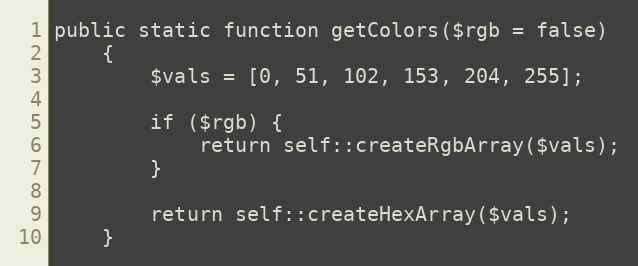
Language: PHP
public static function getColors($rgb = false)
    {
        $vals = [0, 51, 102, 153, 204, 255];

        if ($rgb) {
            return self::createRgbArray($vals);
        }

        return self::createHexArray($vals);
    }